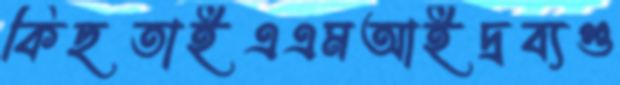
কিছতাইএএমআইদ্রব্যগু